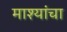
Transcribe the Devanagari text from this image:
माश्यांचा